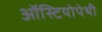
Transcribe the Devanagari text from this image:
ऑस्टियोपेथी